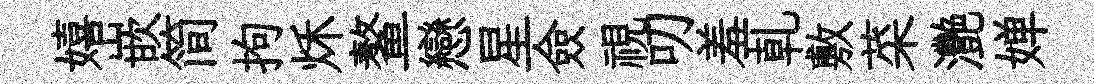
嬉嵌简拘秌鳌戀星僉視叨羞乹敷菜灧婵